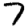
Digit: 7